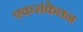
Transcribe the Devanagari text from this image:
एकसंकेतन